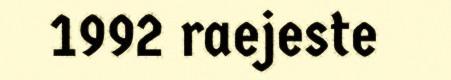
1992 raejeste